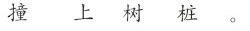
撞 上 树 桩 。